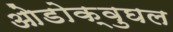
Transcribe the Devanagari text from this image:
ओडोक्वुघल